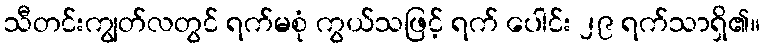
သီတင်းကျွတ်လတွင် ရက်မစုံ ကွယ်သဖြင့် ရက် ပေါင်း ၂၉ ရက်သာရှိ၏။